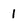
Character: 1